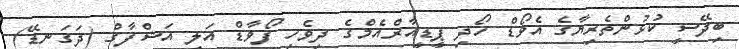
ބިދޭސީ ކުޅުންތެރިޔާގެ އެވޯޑް ހޯދި ޕީޑީއާރްއެމްގެ ދިވެހި ފޯވާޑް އަލީ އަޝްފާގް (ދަގަނޑޭ)